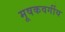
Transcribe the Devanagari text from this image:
मूषकवर्गीय